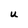
Character: U